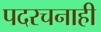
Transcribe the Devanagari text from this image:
पदरचनाही